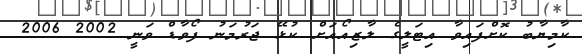
ކާމިޔާބު ކޮށްފައިވާ އިޓަލީގެ ލާޒިއޯއަށް ކުޅޭ ޖަރުމަނު ފޯވާޑް ވަނީ 2002 2006